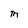
Character: M